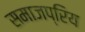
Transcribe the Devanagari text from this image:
समाजप्रिय